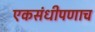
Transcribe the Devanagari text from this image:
एकसंधीपणाच